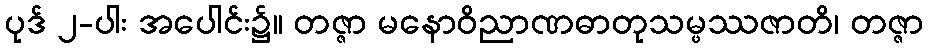
ပုဒ် ၂-ပါး အပေါင်း၌။ တဇ္ဇာ မနောဝိညာဏဓာတုသမ္ဖဿဇာတိ၊ တဇ္ဇာ